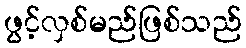
ဖွင့်လှစ်မည်ဖြစ်သည်